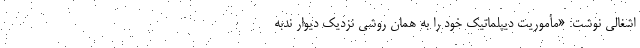
اشغالی نوشت: «مأموریت دیپلماتیک خود را به همان روشی نزدیک دیوار ندبه